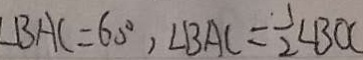
\angle B A C = 6 0 ^ { \circ } , \angle B A C = \frac { 1 } { 2 } \angle B O C